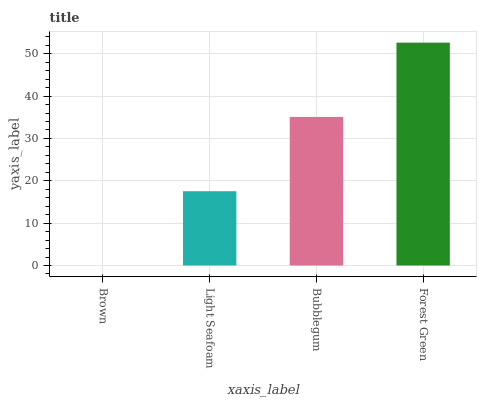
| xaxis_label | bars |
 | --- | --- |
 | Brown | 0 |
 | Light Seafoam | 17.5 |
 | Bubblegum | 35.1 |
 | Forest Green | 52.6 |